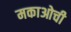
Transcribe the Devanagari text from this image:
मकाओची